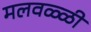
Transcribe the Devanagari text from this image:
मलवळ्ळी